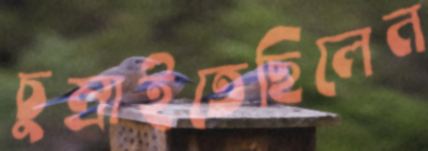
চুম্‌রাইতেছিলেন